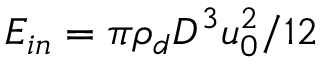
{ { E } _ { i n } } = \pi { { \rho } _ { d } } { { D } ^ { 3 } } u _ { 0 } ^ { 2 } / 1 2